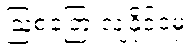
ဩစတြေးလျနိုင်ငံမှ